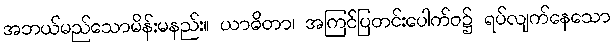
အဘယ်မည်သောမိန်းမနည်း။ ယာဓိတာ၊ အကြင်ပြတင်းပေါက်ဝ၌ ရပ်လျက်နေသော